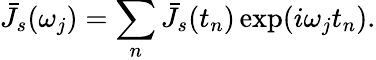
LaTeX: \bar{J}_{s}(\omega_{j})=\sum_{n}\bar{J}_{s}(t_{n})\exp(i\omega_{j}t_{n}).